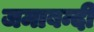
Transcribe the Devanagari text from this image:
जमाबन्दी